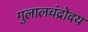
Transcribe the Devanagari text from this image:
गुलालचंद्रोदय